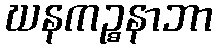
ဃနကဉ္စနာဘာ